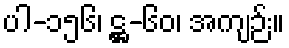
ပါ-၁၅၆၊ ဋ္ဌ-၆၀၊ အကျဉ်း။